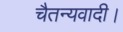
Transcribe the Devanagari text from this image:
चैतन्यवादी।